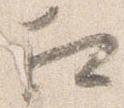
相